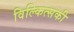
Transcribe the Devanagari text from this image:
विल्कित्सकी